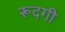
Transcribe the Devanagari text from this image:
रूदगी